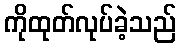
ကိုထုတ်လုပ်ခဲ့သည်